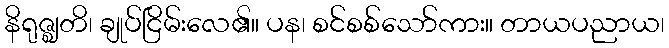
နိရုဇ္ဈတိ၊ ချုပ်ငြိမ်းလေ၏။ ပန၊ စင်စစ်သော်ကား။ တာယပညာယ၊